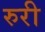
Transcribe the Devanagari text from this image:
रुरी